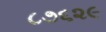
૮૭૬૨૯